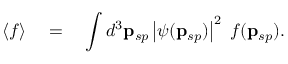
\left\langle f \right\rangle \quad = \quad \int d ^ { 3 } { \bf p } _ { s p } \left| \psi ( { \bf p } _ { s p } ) \right| ^ { 2 } \; f ( { \bf p } _ { s p } ) .